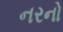
નરનો